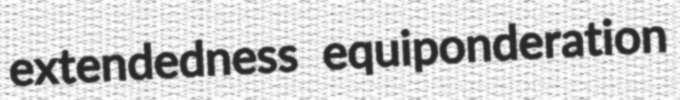
extendedness equiponderation